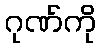
ဂုဏ်ကို